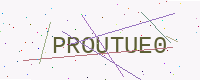
Text: PROUTUE0